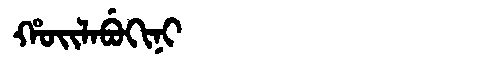
Manchu: ᡥᠣᡳᠯᠠᠪᡠᡴᡳᠨᡳ
Romanization: HOILABUKINI